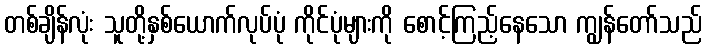
တစ်ချိန်လုံး သူတို့နှစ်ယောက်လုပ်ပုံ ကိုင်ပုံများကို စောင့်ကြည့်နေသော ကျွန်တော်သည်